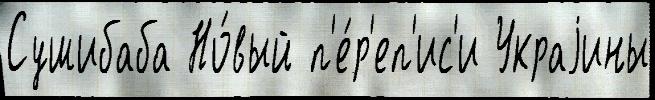
Сушибаба Но́вый п'е́р'еп'ис'и Украjины